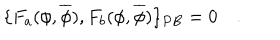
\{ F _ { a } ( \phi , \overline { { { \phi } } } ) , F _ { b } ( \phi , \overline { { { \phi } } } ) \} _ { P B } = 0 \quad .